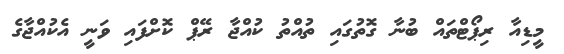
މީޑިއާ ރިޕޯޓްތައް ބުނާ ގޮތުގައި ތުއްތު ކުއްޖާ ރޭޕް ކޮށްފައި ވަނީ އެކުއްޖާގެ